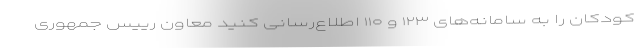
کودکان را به سامانه‌های ۱۲۳ و ۱۱۰ اطلاع‌رسانی کنید معاون رییس جمهوری